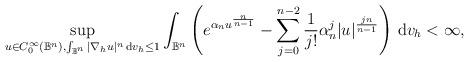
LaTeX: \begin{align*} \sup_{u \in C_{0}^{\infty}(\mathbb{B}^n), \int_{\mathbb{B}^n} |\nabla_{h} u|^n \, {\rm d}v_h \leq 1} \int_{\mathbb{B}^n} \left (e^{\alpha_n u^{\frac{n}{n-1}}} - \sum_{j=0}^{n-2}\frac{1}{j !}\alpha_n^j|u|^{\frac{jn}{n-1}} \right) \, {\rm d}v_{h} < \infty, \end{align*}